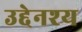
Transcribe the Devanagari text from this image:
उद्देनश्‍य